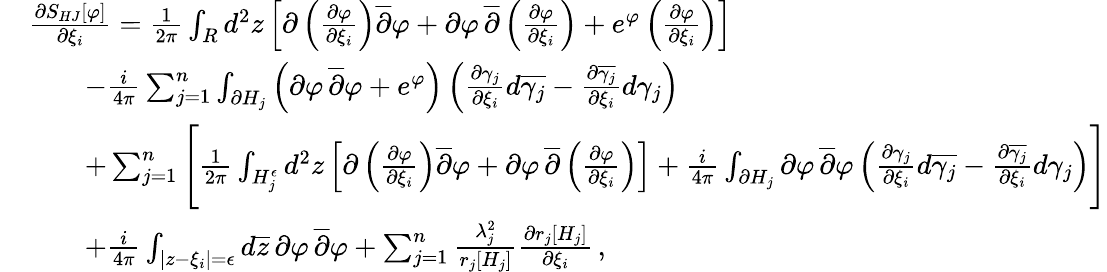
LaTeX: \begin{array}{rl}&{{\frac{\partial S_{HJ}[\varphi]}{\partial\xi_{i}}}={\frac{1}{2\pi}}\int_{R}d^{2}z\left[\partial\left({\frac{\partial\varphi}{\partial\xi_{i}}}\right)\overline{{\partial}}\varphi+\partial\varphi\, \overline{{\partial}}\left({\frac{\partial\varphi}{\partial\xi_{i}}}\right)+e^{\varphi}\left({\frac{\partial\varphi}{\partial\xi_{i}}}\right)\right]}\\ &{\quad\quad-{\frac{i}{4\pi}}\sum_{j=1}^{n}\int_{\partial H_{j}}\left(\partial\varphi\, \overline{{\partial}}\varphi+e^{\varphi}\right)\left({\frac{\partial\gamma_{j}}{\partial\xi_{i}}}d\overline{{\gamma_{j}}}-{\frac{\partial\overline{{\gamma_{j}}}}{\partial\xi_{i}}}d\gamma_{j}\right)}\\ &{\quad\quad+\sum_{j=1}^{n}\Bigg[{\frac{1}{2\pi}}\int_{H_{j}^{\epsilon}}d^{2}z\left[\partial\left({\frac{\partial\varphi}{\partial\xi_{i}}}\right)\overline{{\partial}}\varphi+\partial\varphi\, \overline{{\partial}}\left({\frac{\partial\varphi}{\partial\xi_{i}}}\right)\right]+{\frac{i}{4\pi}}\int_{\partial H_{j}}\partial\varphi\, \overline{{\partial}}\varphi\left({\frac{\partial\gamma_{j}}{\partial\xi_{i}}}d\overline{{\gamma_{j}}}-{\frac{\partial\overline{{\gamma_{j}}}}{\partial\xi_{i}}}d\gamma_{j}\right)\Bigg]}\\ &{\quad\quad+{\frac{i}{4\pi}}\int_{|z-\xi_{i}|=\epsilon}d\overline{{z}}\, \partial\varphi\, \overline{{\partial}}\varphi+\sum_{j=1}^{n}{\frac{\lambda_{j}^{2}}{r_{j}[H_{j}]}}{\frac{\partial r_{j}[H_{j}]}{\partial\xi_{i}}}\, ,}\end{array}